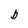
Character: b